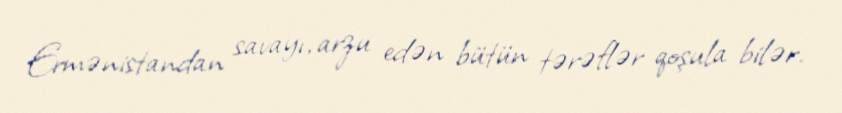
Ermənistandan savayı, arzu edən bütün tərəflər qoşula bilər.